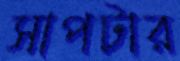
সাপটার